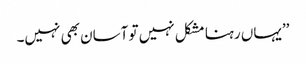
’’یہاں رہنا مشکل نہیں تو آسان بھی نہیں۔